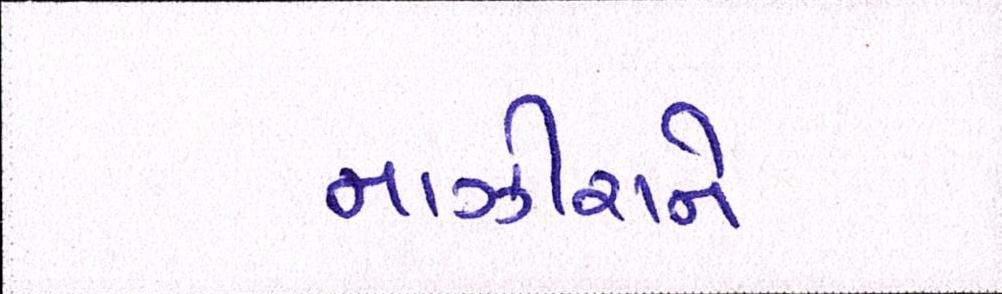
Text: નાઝીરાને